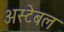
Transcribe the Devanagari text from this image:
अस्टेबल